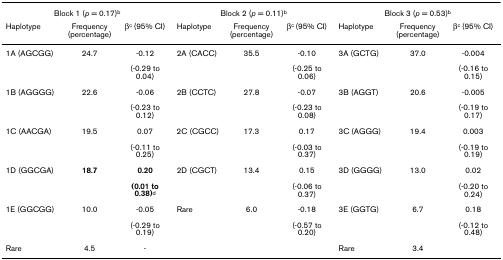
<table><thead><tr><td colspan="3"><b>Block 1 (<i>p </i>= 0.17)<sup>b</sup></b></td><td colspan="3"><b>Block 2 (<i>p </i>= 0.11)<sup>b</sup></b></td><td colspan="3"><b>Block 3 (<i>p </i>= 0.53)<sup>b</sup></b></td></tr><tr><td><b>Haplotype</b></td><td><b>Frequency (percentage)</b></td><td><b>β<sup>c </sup>(95% CI)</b></td><td><b>Haplotype</b></td><td><b>Frequency (percentage)</b></td><td><b>β<sup>c </sup>(95% CI)</b></td><td><b>Haplotype</b></td><td><b>Frequency (percentage)</b></td><td><b>β<sup>c </sup>(95% CI)</b></td></tr></thead><tbody><tr><td>1A (AGCGG)</td><td>24.7</td><td>-0.12</td><td>2A (CACC)</td><td>35.5</td><td>-0.10</td><td>3A (GCTG)</td><td>37.0</td><td>-0.004</td></tr><tr><td></td><td></td><td>(-0.29 to 0.04)</td><td></td><td></td><td>(-0.25 to 0.06)</td><td></td><td></td><td>(-0.16 to 0.15)</td></tr><tr><td>1B (AGGGG)</td><td>22.6</td><td>-0.06</td><td>2B (CCTC)</td><td>27.8</td><td>-0.07</td><td>3B (AGGT)</td><td>20.6</td><td>-0.005</td></tr><tr><td></td><td></td><td>(-0.23 to 0.12)</td><td></td><td></td><td>(-0.23 to 0.08)</td><td></td><td></td><td>(-0.19 to 0.17)</td></tr><tr><td>1C (AACGA)</td><td>19.5</td><td>0.07</td><td>2C (CGCC)</td><td>17.3</td><td>0.17</td><td>3C (AGGG)</td><td>19.4</td><td>0.003</td></tr><tr><td></td><td></td><td>(-0.11 to 0.25)</td><td></td><td></td><td>(-0.03 to 0.37)</td><td></td><td></td><td>(-0.19 to 0.19)</td></tr><tr><td>1D (GGCGA)</td><td><b>18.7</b></td><td><b>0.20</b></td><td>2D (CGCT)</td><td>13.4</td><td>0.15</td><td>3D (GGGG)</td><td>13.0</td><td>0.02</td></tr><tr><td></td><td></td><td><b>(0.01 to 0.38)</b><sup>d</sup></td><td></td><td></td><td>(-0.06 to 0.37)</td><td></td><td></td><td>(-0.20 to 0.24)</td></tr><tr><td>1E (GGCGG)</td><td>10.0</td><td>-0.05</td><td>Rare</td><td>6.0</td><td>-0.18</td><td>3E (GGTG)</td><td>6.7</td><td>0.18</td></tr><tr><td></td><td></td><td>(-0.29 to 0.19)</td><td></td><td></td><td>(-0.57 to 0.20)</td><td></td><td></td><td>(-0.12 to 0.48)</td></tr><tr><td>Rare</td><td>4.5</td><td>-</td><td></td><td></td><td></td><td>Rare</td><td>3.4</td><td></td></tr></tbody></table>